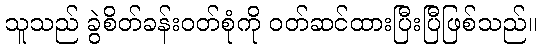
သူသည် ခွဲစိတ်ခန်းဝတ်စုံကို ဝတ်ဆင်ထားပြီးပြီဖြစ်သည်။